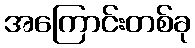
အကြောင်းတစ်ခု